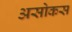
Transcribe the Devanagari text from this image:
असोकस